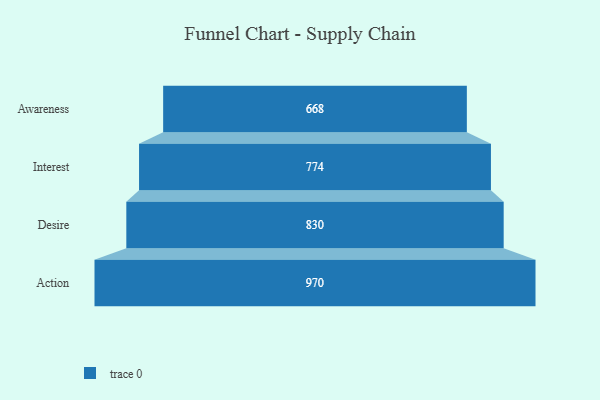
{"axis": {"x": "Stage", "y": "Value"}, "legend": [""], "data": [{"x": "Awareness", "y": 668.0, "type": ""}, {"x": "Interest", "y": 774.0, "type": ""}, {"x": "Desire", "y": 830.0, "type": ""}, {"x": "Action", "y": 970.0, "type": ""}]}